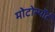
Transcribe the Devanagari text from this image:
मोटोर्स्पोर्ट